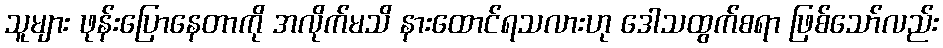
သူများ ဖုန်းပြောနေတာကို အလိုက်မသိ နားထောင်ရသလားဟု ဒေါသထွက်စရာ ဖြစ်သော်လည်း